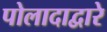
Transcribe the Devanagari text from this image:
पोलादाद्वारे